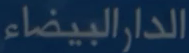
الدارالبيضاء